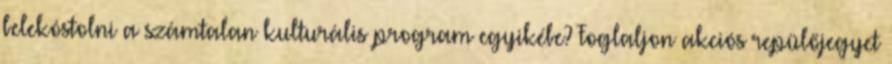
belekóstolni a számtalan kulturális program egyikébe? Foglaljon akciós repülőjegyet